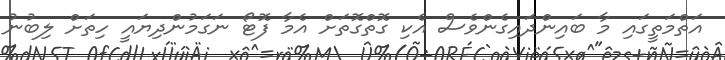
އަތްމަތީގައި މާ ބައިންދައިގެންވެސް އެކި ގޮތްގޮތަށް އެމާ ފޮޓޯ ނަގަމުންދިޔައީ ހިތަށް ލިބުނު